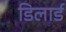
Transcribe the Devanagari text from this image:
डिलार्ड